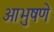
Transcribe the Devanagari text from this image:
आभुषणे